system: You are a helpful assistant.
user:
Analyze the provided spectrum to determine if it is a **S-type Star**.

- **Key Indicators for S-type Star:**

    - **(Overall Spectrum Shape):** The first and most obvious characteristic is the overall continuum (the "baseline" shape). It is **extremely "red-sloping,"** meaning the flux (light intensity) is very low on the left side (blue, ~4000-4500 Å) and rises steeply and continuously toward the right side (red, ~7000 Å+).

    - **(Primary):** The spectrum is defined by the presence of strong, broad molecular absorption "valleys" (bands) from **Zirconium Oxide (ZrO)**. The identification of these bands is the **primary requirement** for classifying a star as S-type.
        - **(Key Bandheads):** You must find distinct, deep "dips" where the light has been absorbed. The most critical band systems to locate are:
            - **~6474 Å** ($\gamma$-system): This is often the strongest and clearest ZrO feature, found in the red part of the spectrum.
            - **~5718 Å** & **~5551 Å** ($\beta$-system): A pair of prominent absorption features in the yellow-orange part of the spectrum.
            - **~4640 Å** ($\alpha$-system): A key absorption band system in the blue-green region of the spectrum.

    - **(Secondary Confirmation):** The classification is strengthened by finding additional absorption bands from other related heavy element oxides, which are expected to be present alongside ZrO.
        - **(Key Bandheads):**
            - **Yttrium Oxide (YO):** Look for absorption dips near **~4800 Å** and **~6100 Å**.
            - **Lanthanum Oxide (LaO):** Additional absorption features, particularly in the red-orange part of the spectrum, are also characteristic.

    - **(Line Profile):** The combination of the steep red continuum and these numerous, deep molecular bands (ZrO, YO, etc.) gives the entire spectrum a very **"chopped-up"** or **"bumpy"** appearance. Instead of a smooth curve, the spectrum looks as though large, wide chunks of light have been "carved out" of it at the specific wavelengths listed above.

Think first, call **spectral_visualization_tool** if needed to examine features in detail, then provide your final answer. Your response must adhere to the following strict rules:
1.  **Overall Structure:** Your response must follow the format `<think>...</think> <tool_call>...</tool_call> (if a tool is used) <answer>...</answer>`.
2.  **Tool Usage Constraint:** You may only make **one** tool call per turn.
3.  **Final Answer Format:** In the `<answer>` tag, your conclusion must be inside a `\boxed{}` command (e.g., `\boxed{YES}` or `\boxed{NO}`), followed by your justification.

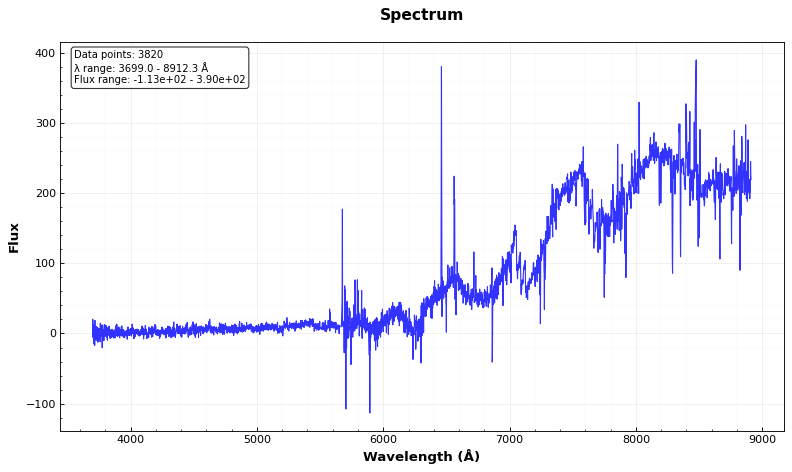
Answer: NO